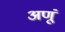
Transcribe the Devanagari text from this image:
अणूं